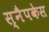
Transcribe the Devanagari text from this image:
स्नैपकेस